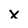
Character: x